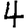
Digit: 4